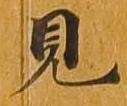
見